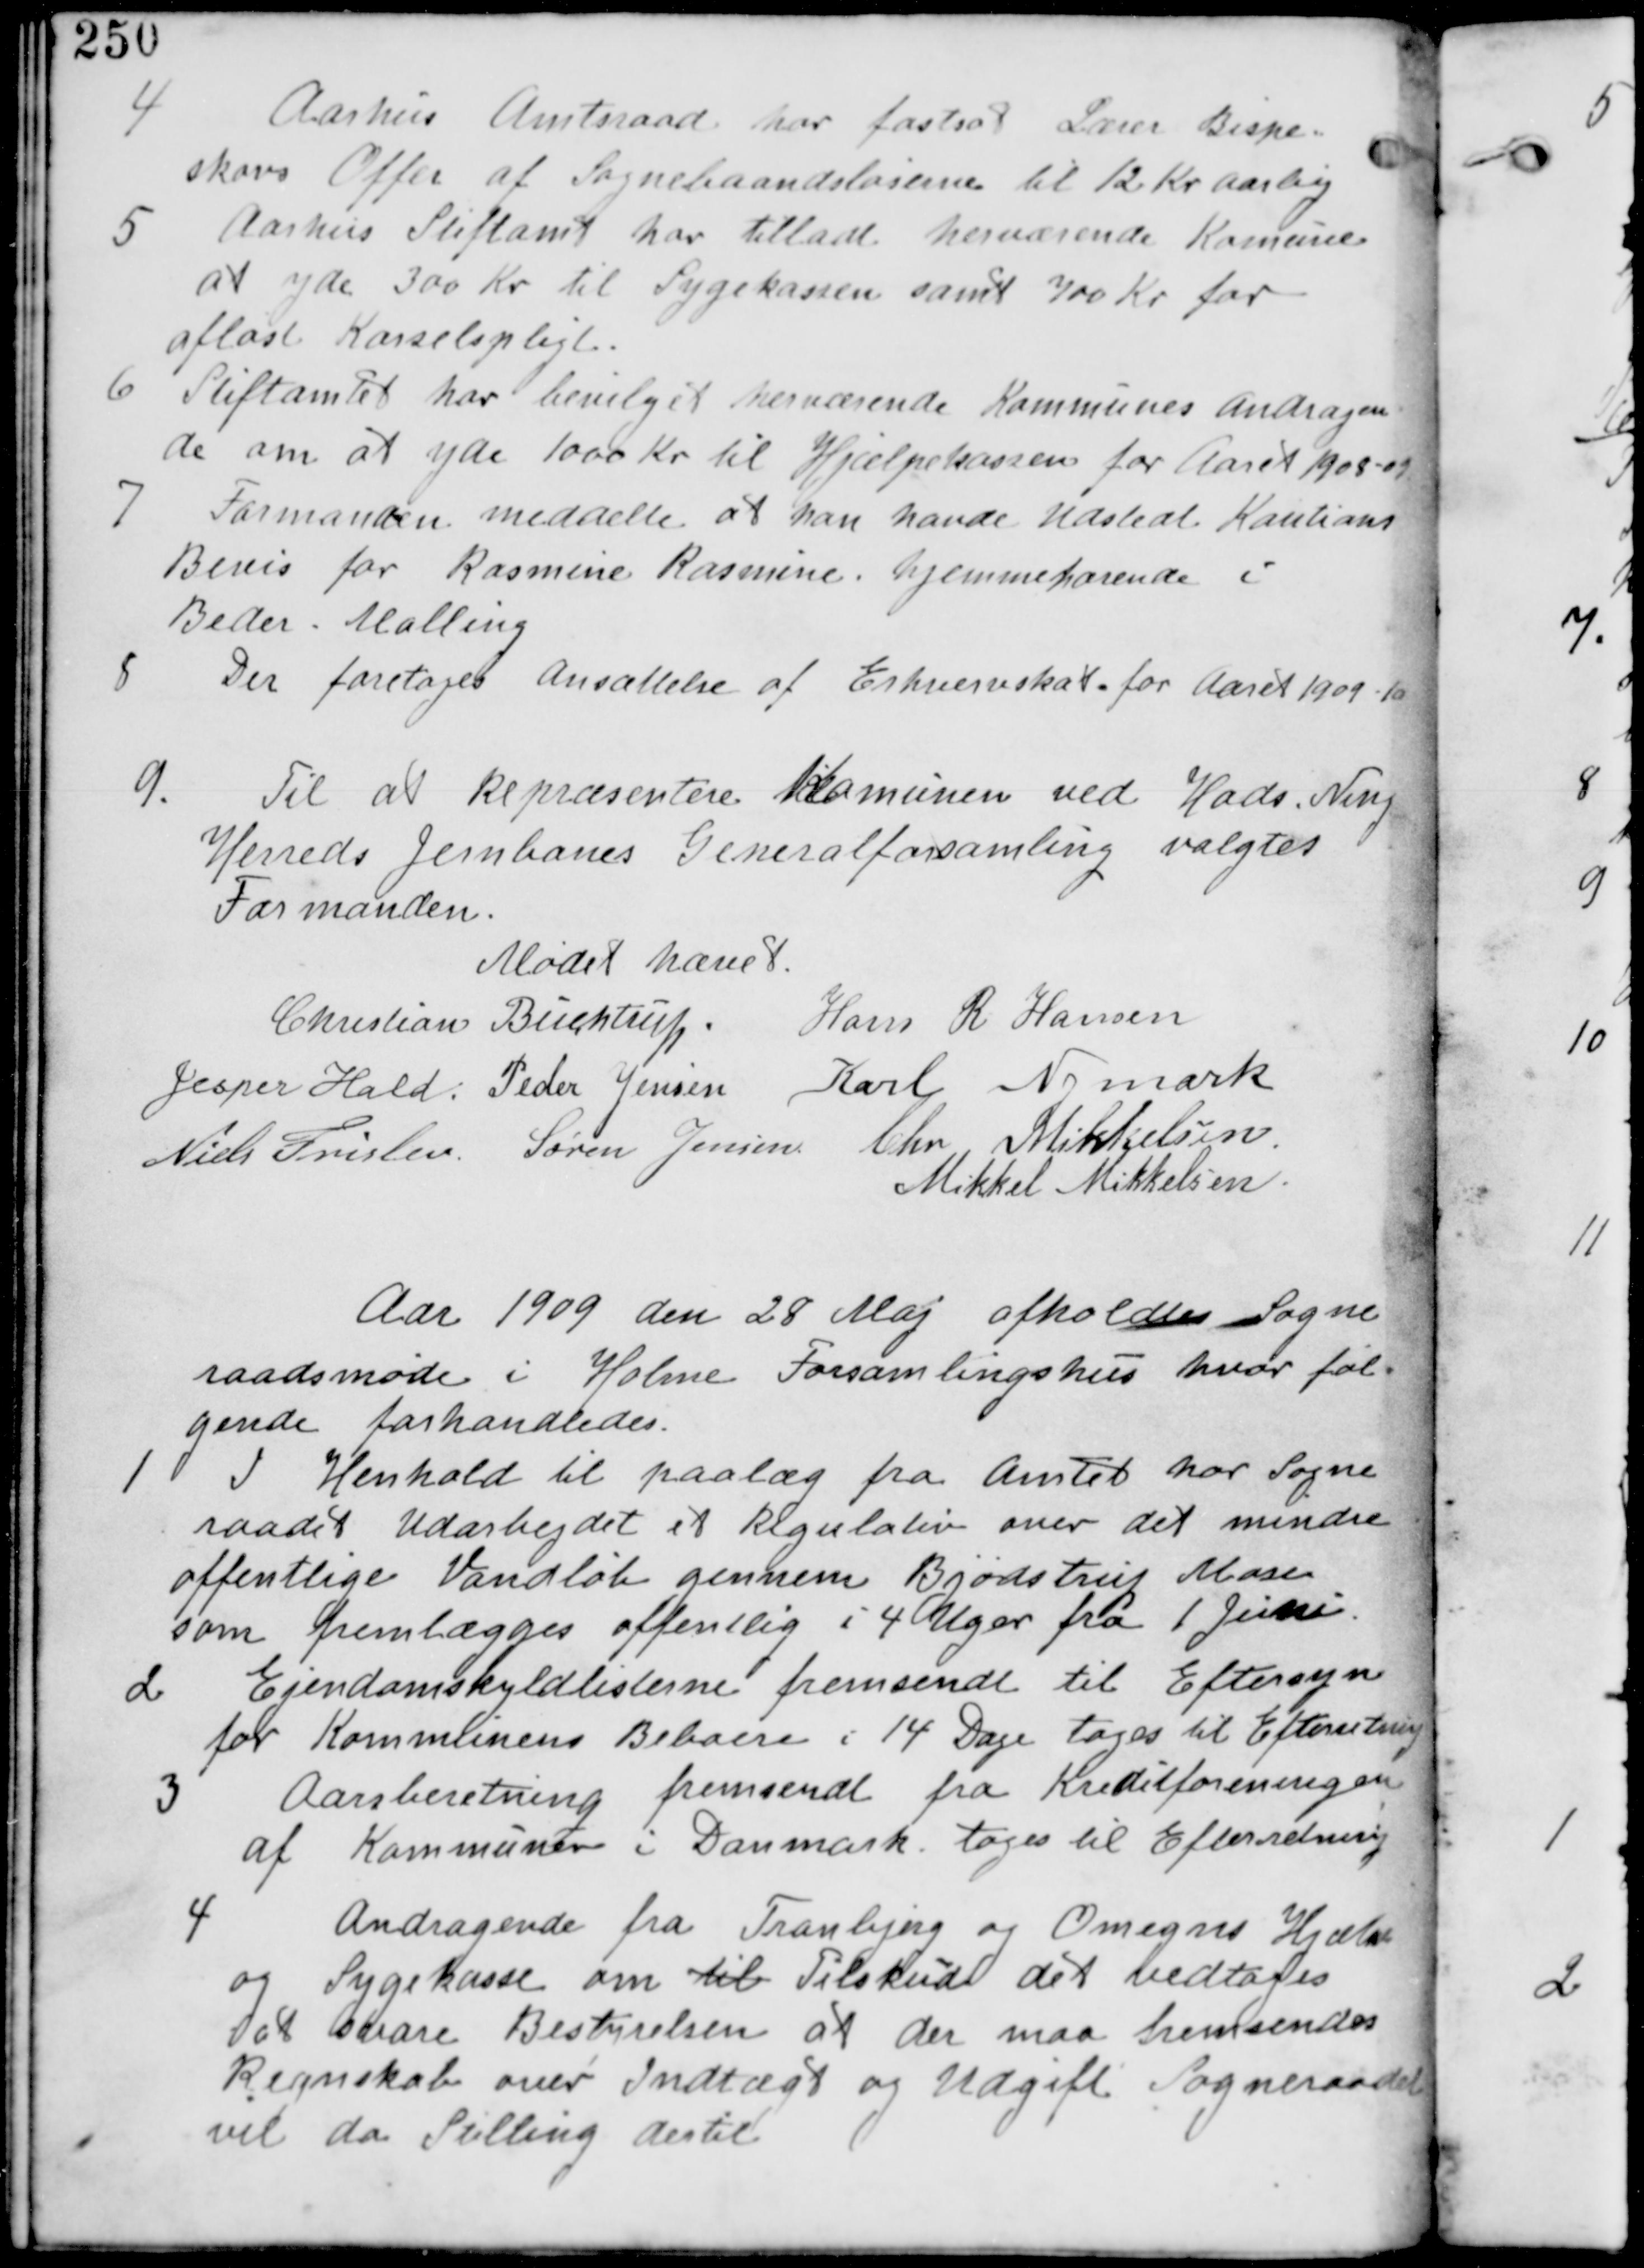
Transskription:
4
Aarhus Amtsraad har fastsat Lærer Bispe-
skovs Offer af Sognebaandsløserne til 12 Kr Aarligt

5 Aarhus Stiftamt har tilladt herværende Kommune
at yde 300 Kr til Sygekassen samt 300 Kr for
aflast Kørselspligt.

6 Stiftamtet har bevilliget herværende Kommunes Andragen
de om at yde 1000 Kr til Hjælpekassen for aaret 1908-09.

7 Formanden meddelte at han havde udstedt Kautions
Bevis for Rasmine Rasmine. hjemmeboende i
Beder-Malling.

8
Der foretages Ansættelse af Erhvervsskat for Aaret 1909-10

9.
Til at Repræsentere Kommunen ved Hads Ning
Herreds Jernbanes Generalforsamling valgtes
Formanden.

Mødet Hævet
Christian Buchtrup. Hans R Hansen
Jesper Hald. Peder Jensen Karl Nymark
Niels Frislev Søren Jensen Chr Mikkelsen
Mikkel Mikkelsen

Aar 1909 den 28 Maj afholdes Sogne
raadsmøde i Holme Forsamlingshus hvor føl
gende forhandledes

1
I Henhold til paalæg fra Amtet har Sogne
raadet Udarbejdet et Regulativ over det mindre
offentlige Vandløb gennem Bjødstrup Mose
som fremlægges offentlig i 4 Uger fra 1 Juni.

2 Ejendomsskyldlisterne fremsendt til Eftersyn
for Kommunens Beboere i 14 Dage tages til Efterretning.

3
Aarsberetning fremsendt fra Kreditforeningen
af Kommuner i Danmark. tages til Efterretning.

4
Andragende fra Tranbjerg og Omegns Hjælpe
og Sygekasse om til Tilskud det vedtages
at svare Bestyrelsen at der maa fremsendes
Regnskab over Indtægt og Udgift Sogneraadet
vil da Stilling dertil.